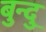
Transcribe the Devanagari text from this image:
बुन्दु